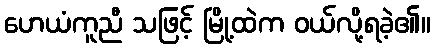
ဟေယံကူညီ သဖြင့် မြို့ထဲက ဝယ်လို့ရခဲ့၏။